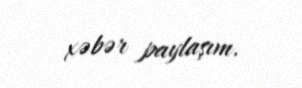
xəbər paylaşım.